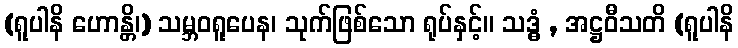
(ရူပါနိ ဟောန္တိ၊) သမ္ဘဝရူပေန၊ သုက်ဖြစ်သော ရုပ်နှင့်။ သဒ္ဓံ , အဋ္ဌဝီသတိ (ရူပါနိ